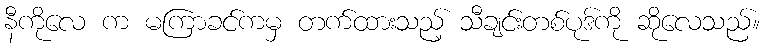
နီကိုလေ က မကြာခင်ကမှ တက်ထားသည့် သီချင်းတစ်ပုဒ်ကို ဆိုလေသည်။